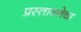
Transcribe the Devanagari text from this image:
प्रस्तावनेचा